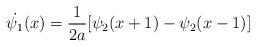
LaTeX: \begin{align*}\dot{\psi_{1}}(x)=\frac{1}{2a}[\psi_{2}(x+1)-\psi_{2}(x-1)]\end{align*}